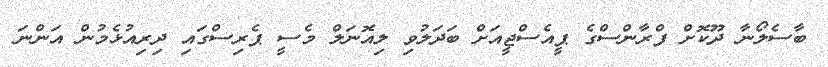
ބާސެލޯނާ ދޫކޮށް ފްރާންސްގެ ޕީއެސްޖީއަށް ބަދަލުވި ލިއޮނަލް މެސީ ޕެރިސްގައި ދިރިއުޅެމުން އަންނަ